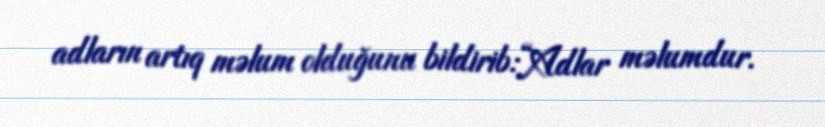
adların artıq məlum olduğunu bildirib:“Adlar məlumdur.